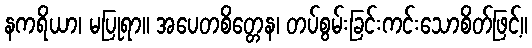
နကရိယာ၊ မပြုရာ။ အပေတစိတ္တေန၊ တပ်စွမ်းခြင်းကင်းသောစိတ်ဖြင့်။